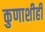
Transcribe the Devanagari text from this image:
कुणाशीही